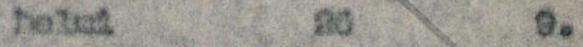
helmi 20 9.